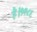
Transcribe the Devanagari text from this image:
है।१९८६